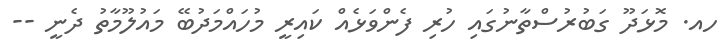
ހއ. މޮޅަދޫ ގަބުރުސްތާނުގައި ހުރި ފެންވަޅެއް ކައިރީ މުހައްމަދުބޭ މައުލޫމާތު ދެނީ --